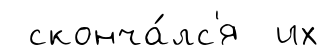
сконча́лс'я их